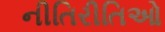
નીતિરીતિઓ